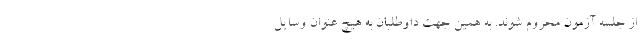
از جلسه آزمون محروم شوند. به همین جهت داوطلبان به هیچ عنوان وسایل